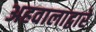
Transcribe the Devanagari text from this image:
अहवालाद्वारे